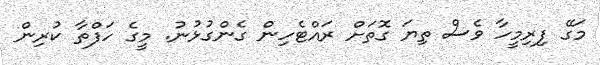
މަގޭ ފިރިމީހާ ވެސް ތިޔަ ގޮތަށް ރައްޓެހިން ގެންގުޅުނު. މީގެ ހަފްތާ ކުރިން